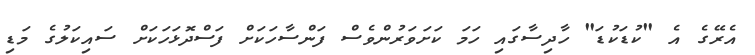
އެރޭގެ އެ "ކުޑަކުޑަ" ހާދިސާގައި ހަމަ ކަށަވަރުންވެސް ފަންސާހަކަށް ފަސްދޮޅަހަކަށް ސައިކަލުގެ މަޑި